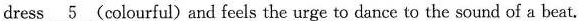
dress \underline{5} (colourful) and feels the urge to dance to the sound of a beat.